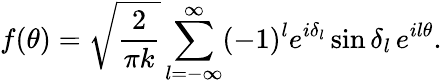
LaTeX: f(\theta)=\sqrt{\frac{2}{\pi k}}\sum_{l=-\infty}^{\infty}(-1)^{l}e^{i\delta_{l}}\sin\delta_{l}\, e^{il\theta}.